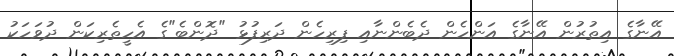
އޭނާގެ އިތުރުން އޭނާގެ އަންހެން ދެބެންނާއި ފިރިހެން ދަރިފުޅު "ދޮންބެ"ގެ އެހީތެރިކަން ދުވަހަކު